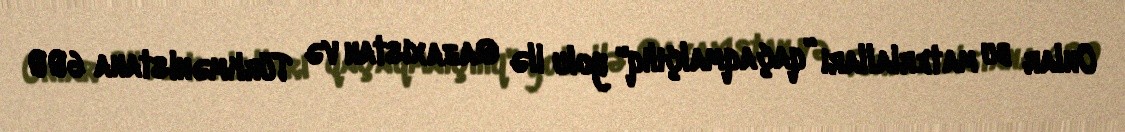
Onlar bu materialları ”qaçaqmalçılıq" yolu ilə Qazaxıstan və Türkmənistana 600